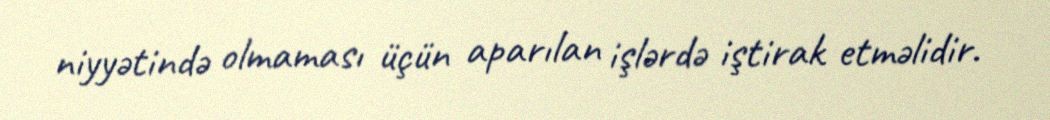
niyyətində olmaması üçün aparılan işlərdə iştirak etməlidir.